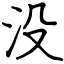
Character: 没